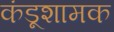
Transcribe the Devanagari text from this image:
कंडूशामक